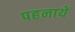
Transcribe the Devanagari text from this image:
पहनायें